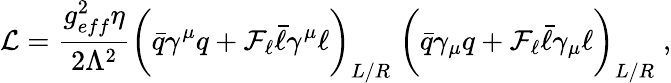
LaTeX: {\cal L}=\frac{g_{eff}^{2}\eta}{2\Lambda^{2}}\biggr(\bar{q}\gamma^{\mu}q+{\cal F}_{\ell}\bar{\ell}\gamma^{\mu}\ell\biggr)_{L/R}\; \biggr(\bar{q}\gamma_{\mu}q+{\cal F}_{\ell}\bar{\ell}\gamma_{\mu}\ell\biggr)_{L/R}\; ,